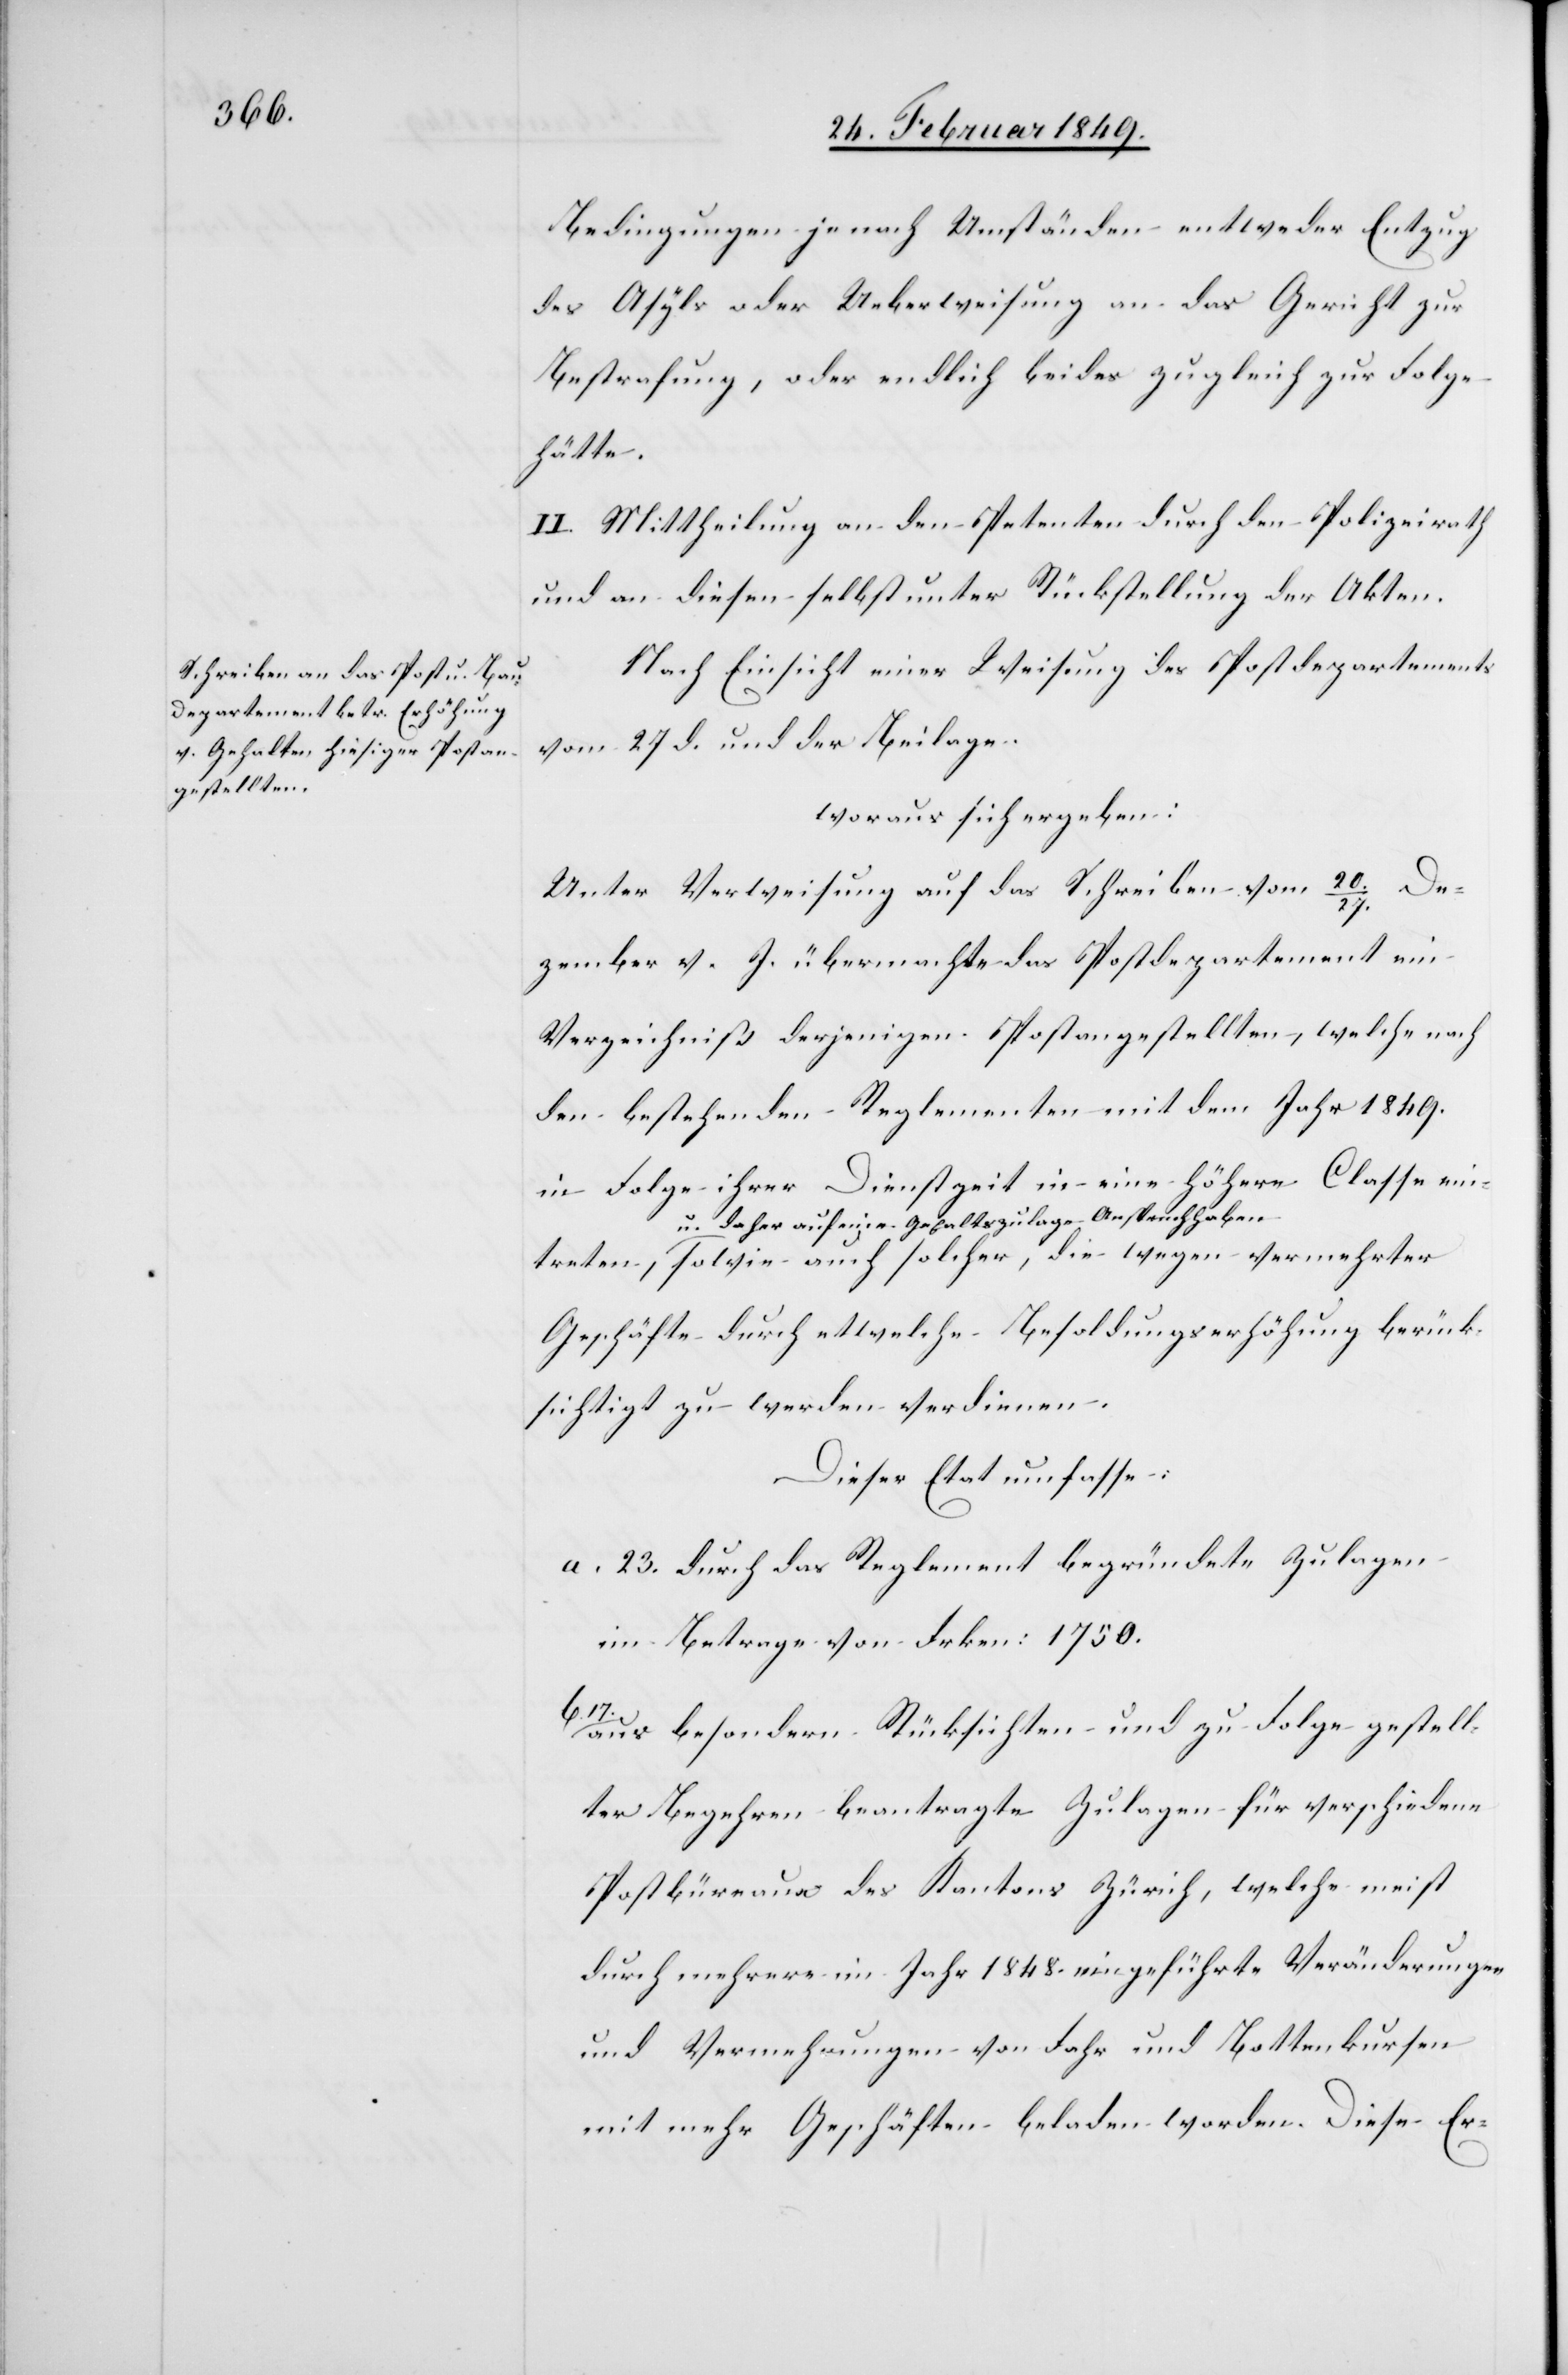
Bedingungen je nach Umständen entweder Entzug
des Asyls oder Ueberweisung an das Gericht zur
Bestrafung, oder endlich beides zugleich zur Folge
getreten,
II. Mittheilung an den Petenten durch den Polizeirath
und an diesen selbst unter Rückstellung der Akten.
Nach Einsicht einer Weisung des Postdepartements
vom 27 d. und der Beilage.
woraus sich ergeben:
Unter Verweisung auf das Schreiben vom 20./27. De¬
zember v. J. übermachte das Postdepartement ein
Verzeichniß derjenigen Postangestellten, welche nach
den bestehenden Reglementen mit dem Jahr 1849.
in Folge ihrer Dienstzeit in eine höhere Classe ein¬
u. daher auf eine Gehaltszulage Anspruch haben,
Geschäfte durch etwelche Besoldungserhöhung berück¬
sichtigt zu werden verdienen.
Dieser Etat umfasse:
a. 23. durch das Reglement begründete Zulagen
im Betrage von Frken: 1750.
aus besondern Rücksichten und zu Folge gestell¬
ter Begehren beantragte Zulagen für verschiedene
Postbüreaux des Kantons Zürich, welche meist
durch mehrere im Jahr 1848. eingeführte Veränderungen
und Vermehrungen von Fahr und Bottenkursen
mit mehr Geschäften beladen worden. Diese Er-